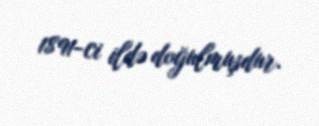
1891-ci ildə doğulmuşdur.